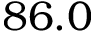
8 6 . 0